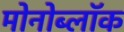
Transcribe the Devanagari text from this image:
मोनोब्लॉक